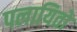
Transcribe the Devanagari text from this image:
पलायितो